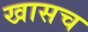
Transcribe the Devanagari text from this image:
खासच